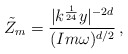
\begin{align*}\tilde{Z}_m=\frac{|k^{\frac{1}{24}}y|^{-2d}}{(Im\omega)^{d/2}}\,,\end{align*}